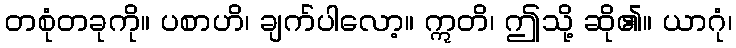
တစုံတခုကို။ ပစာဟိ၊ ချက်ပါလော့။ ဣတိ၊ ဤသို့ ဆို၏။ ယာဂုံ၊